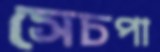
সেচপা